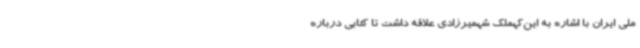
ملی ایران با اشاره به این‌کهملک شهمیرزادی علاقه داشت تا کتابی درباره